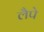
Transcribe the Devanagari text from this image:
लैपे